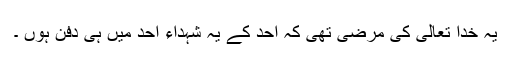
یہ خدا تعالیٰ کی مرضی تھی کہ اُحُد کے یہ شہداء اُحُد میں ہی دفن ہوں ۔